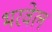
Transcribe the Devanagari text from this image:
भरवेल